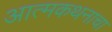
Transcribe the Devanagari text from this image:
आत्मकथनाचा